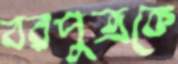
বরপুত্রকে